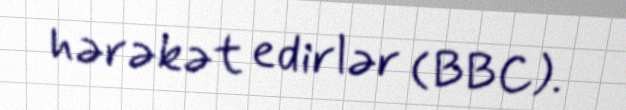
hərəkət edirlər (BBC).